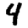
Digit: 4